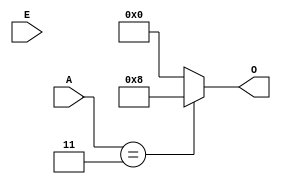
`timescale 1ns / 1ps
//////////////////////////////////////////////////////////////////////////////////
// Company: 
// Engineer: 
// 
// Design Name: 
// Module Name: decoderone
// Project Name: 
// Target Devices: 
// Tool Versions: 
// Description: 
// 
// Dependencies: 
// 
// Revision:
// Revision 0.01 - File Created
// Additional Comments:
// 
//////////////////////////////////////////////////////////////////////////////////


module decoderone(
    input [1:0] A,
    output reg [3:0] O,
    input E
    );
    
    always @*
        begin
            if(E==1)
                if(A==2'b00)
                    O<=4'b0001;
                if(A==2'b01)
                    O<=4'b0010;
                if(A==2'b10)
                    O<=4'b0100;
                if(A==2'b11)
                    O<=4'b1000;
            else
                O<=4'b0000;
        end    
endmodule